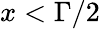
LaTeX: x<\Gamma/2